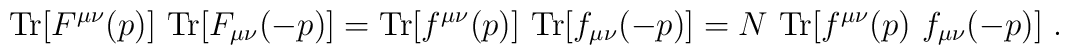
{\rm Tr}[F^{\mu\nu}(p)]~{\rm Tr}[F_{\mu\nu}(-p)]= {\rm Tr}[f^{\mu\nu}(p)]~{\rm Tr}[f_{\mu\nu}(-p)]= N~{\rm Tr}[f^{\mu\nu}(p)~f_{\mu\nu}(-p)]~.